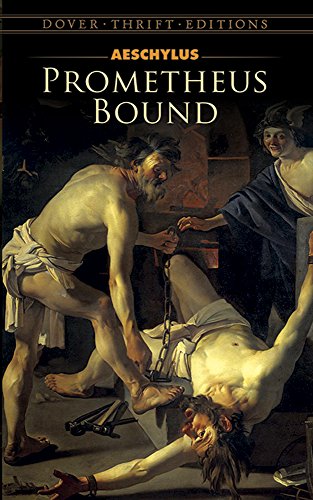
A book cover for Prometheus Bound (Dover Thrift Editions); Aeschylus; Literature & Fiction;